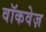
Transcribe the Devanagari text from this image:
वॉकवेज़